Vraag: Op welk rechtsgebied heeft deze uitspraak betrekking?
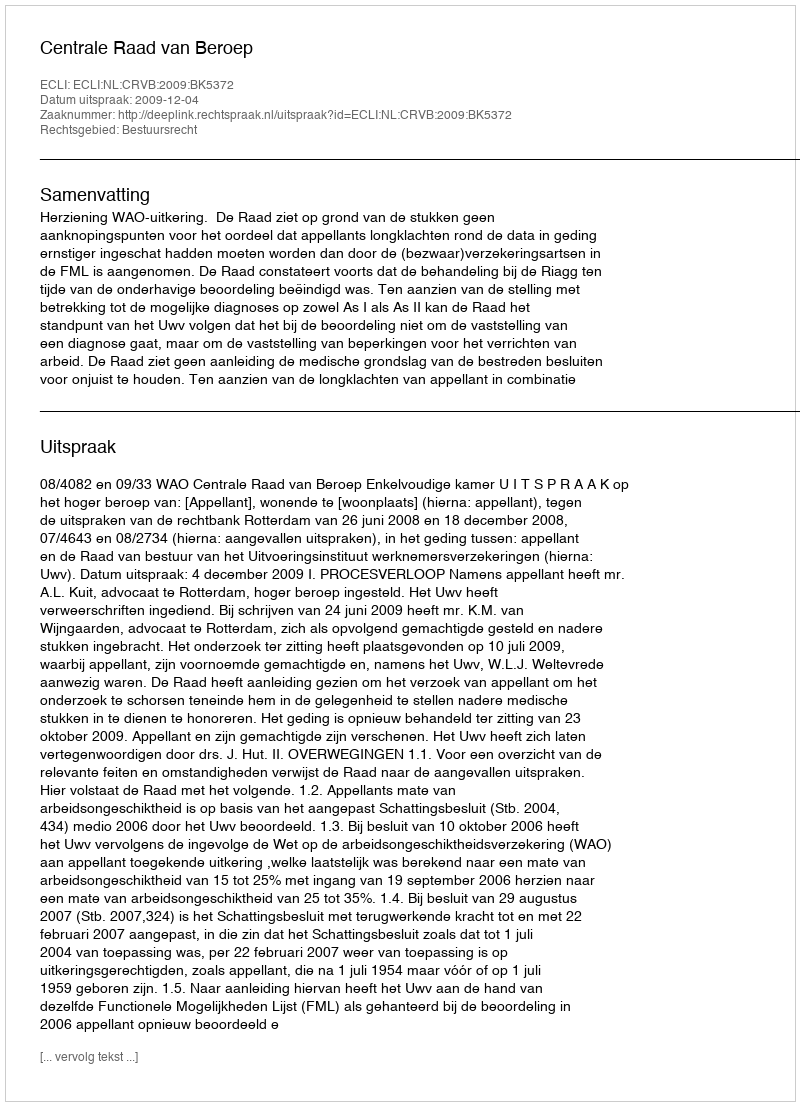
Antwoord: Bestuursrecht